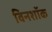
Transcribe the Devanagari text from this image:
विनशॉक